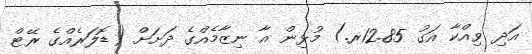
އަދި ވިއްކާ އަގު 12.85ރ.) މުޅިން އާ ނިޒާމެއްގެ ދަށަށް (ޑޮލަރެއްގެ ރޭޓް